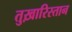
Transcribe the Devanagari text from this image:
तुख़ारिस्तान